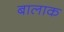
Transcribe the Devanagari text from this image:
बालाक